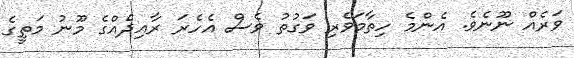
ވަރެއް ނޫނެވެ. އެންމެ ހިތާމަވެރި ވަގުތު ވެސް އެހެރަ ރާއިދެއްގެ މޫނު މަތީގެ